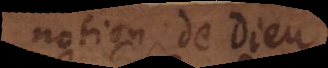
notion de Dieu